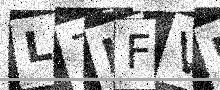
Text: L7HFVF